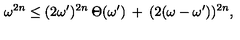
\omega ^ { 2 n } \leq ( 2 \omega ^ { \prime } ) ^ { 2 n } \: \Theta ( \omega ^ { \prime } ) \: + \: ( 2 ( \omega - \omega ^ { \prime } ) ) ^ { 2 n } ,